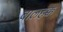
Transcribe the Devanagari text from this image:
बालहक्क